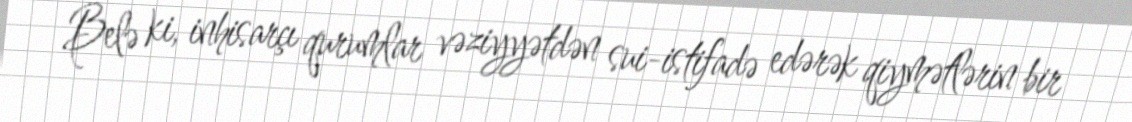
Belə ki, inhisarçı qurumlar vəziyyətdən sui-istifadə edərək qiymətlərin bir